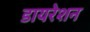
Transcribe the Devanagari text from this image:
डायरेशन